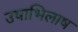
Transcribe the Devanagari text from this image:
उषाभिलाष